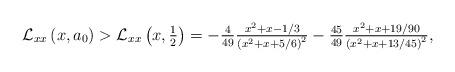
LaTeX: \begin{align*}\mathcal{L}_{xx}\left( x,a_{0}\right) >\mathcal{L}_{xx}\left( x,\tfrac{1}{2}\right) =-\tfrac{4}{49}\tfrac{x^{2}+x-1/3}{\left( x^{2}+x+5/6\right) ^{2}}-\tfrac{45}{49}\tfrac{x^{2}+x+19/90}{\left( x^{2}+x+13/45\right) ^{2}},\end{align*}